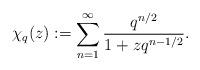
LaTeX: \begin{align*} \chi_{q}(z):=\sum_{n=1}^{\infty}\frac{q^{n/2}}{1+zq^{n-1/2}}. \end{align*}